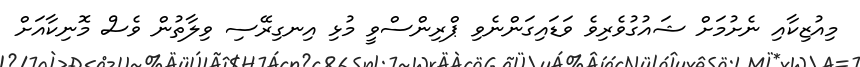
މިއުޒިކާއި ނެށުމަށް ޝައުގުވެރިވެ ވަޑައިގަންނެވި ޕްރިންސްވީ މުޅި އިނގިރޭސި ވިލާތުން ވެސް މޮނިކާއަށް